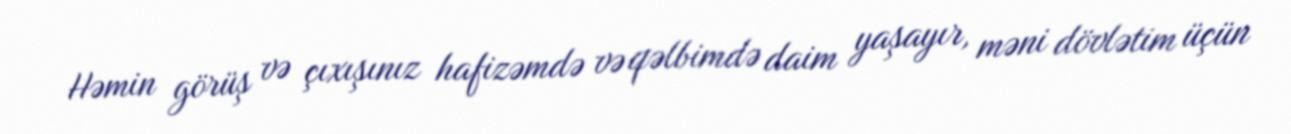
Həmin görüş və çıxışınız hafizəmdə və qəlbimdə daim yaşayır, məni dövlətim üçün